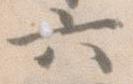
六